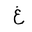
Letter: _gayn